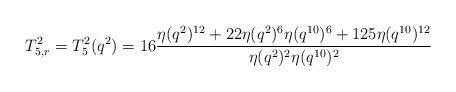
LaTeX: \begin{align*}T^2_{5,r}=T^2_5(q^2)=16\frac{\eta(q^2)^{12}+22\eta(q^2)^6\eta(q^{10})^6+125\eta(q^{10})^{12}}{\eta(q^2)^2\eta(q^{10})^2}\end{align*}